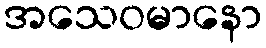
အသေဝမာနော